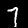
Label: 7